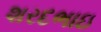
શરદભાઇ